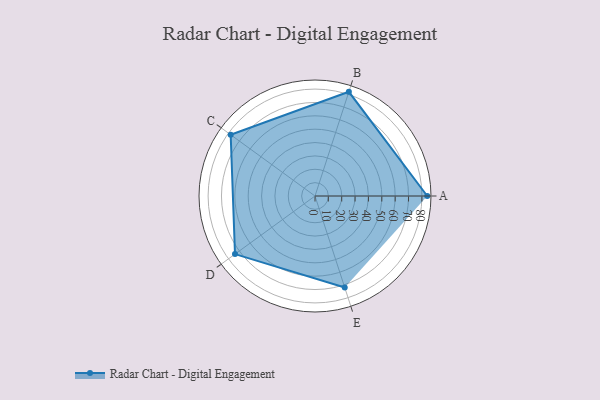
{"axis": {"x": "Skill", "y": "Score"}, "legend": ["Profile"], "data": [{"x": "A", "y": 84.0, "type": "Profile"}, {"x": "B", "y": 82.0, "type": "Profile"}, {"x": "C", "y": 78.0, "type": "Profile"}, {"x": "D", "y": 74.0, "type": "Profile"}, {"x": "E", "y": 72.0, "type": "Profile"}]}